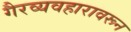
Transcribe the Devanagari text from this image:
गैरव्यवहारावरून